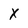
Character: X